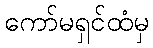
ကော်မရှင်ထံမှ